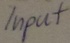
Text: Input